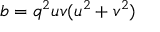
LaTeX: b = q ^ { 2 } u v ( u ^ { 2 } + v ^ { 2 } )